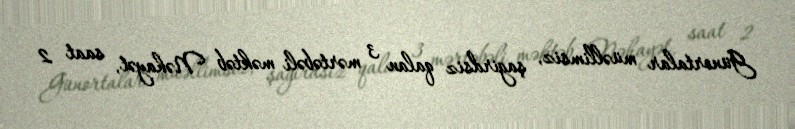
Günortalar müəllimsiz, şagirdsiz qalan 3 mərtəbəli məktəb Nəhayət, saat 2